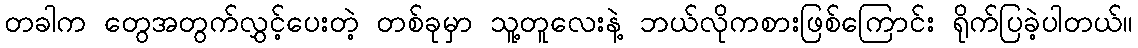
တခါက တွေအတွက်လွှင့်ပေးတဲ့ တစ်ခုမှာ သူ့တူလေးနဲ့ ဘယ်လိုကစားဖြစ်ကြောင်း ရိုက်ပြခဲ့ပါတယ်။